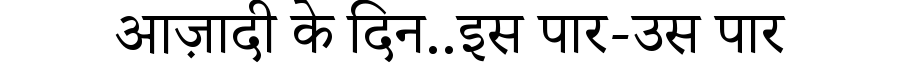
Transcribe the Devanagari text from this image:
आज़ादी के दिन..इस पार-उस पार